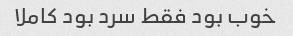
خوب بود فقط سرد بود کاملا